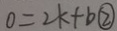
0 = 2 k + b \textcircled { 2 }